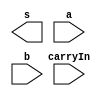
 
// ------------------------- 
// Exemplo0041  FULL ADDER 
// Nome: Mateus Augusto Moraes Ferreira  
// ------------------------- 
 
// ------------------------- 
//  full adder 
// ------------------------- 
module fullAdder (output s,  
                               input a,  
                               input b,  
                               input carryIn); 
 
// descrever por portas

 
endmodule // fullAdder 
 
module test_fullAdder; 
// ------------------------- definir dados 
      reg [5:0] x; 
      reg [5:0] y; 
      reg  carry; 
      wire [5:0] soma; 
		
	initial begin
	
	x= 6'b111111;
	y= 6'b000000;	
	carry=1'b1; 
	end
 
// ------------------------- parte principal 
 initial begin 
      $display("Exemplo0021 - Mateus Augusto Moraes Ferreira - 435669"); 
      $display("Test ALUs full adder"); 
 
 // projetar testes do somador complete 
 
 $monitor("x=%6b  y=%6b carry=%1b  soma=%6b" , x,y,carry,soma);

 
 end 
 
endmodule // test_fullAdder